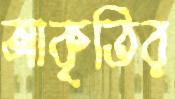
আকৃতির